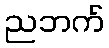
ညဘက်